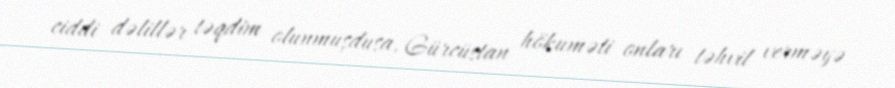
ciddi dəlillər təqdim olunmuşdusa, Gürcüstan hökuməti onları təhvil verməyə